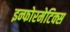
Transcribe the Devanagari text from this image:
इन्फोरमेटिक्स